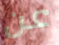
عن